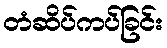
တံဆိပ်ကပ်ခြင်း